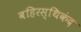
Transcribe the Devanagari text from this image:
बहिरस्थिकंद